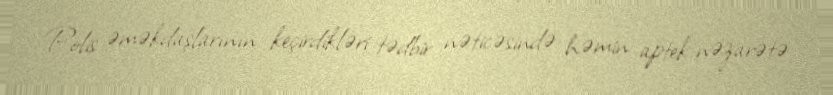
Polis əməkdaşlarının keçirdikləri tədbir nəticəsində həmin aptek nəzarətə